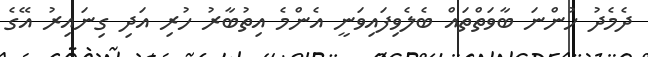
ދެމެދު ހުންނަ ބާވަތްތައް ބެލެވިފައިވަނީ އެންމެ އިތުބާރު ހުރި އަދި ގިނައިރު އޭގެ